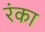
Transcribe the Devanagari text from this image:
रंका